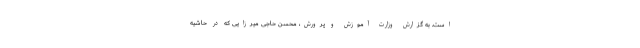
است. به گزارش وزارت آموزش و پرورش، محسن حاجی میرزایی که در حاشیه